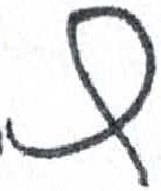
אות: ץ